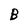
Character: B